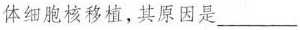
体细胞核移植，其原因是___